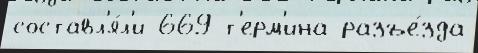
составл'я́л'и 669 т'ерм'ина разъе́зда